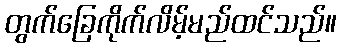
တွက်ခြေကိုက်လိမ့်မည်ထင်သည်။